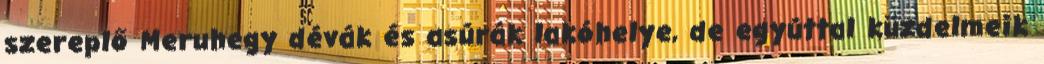
szereplő Meruhegy dévák és asúrák lakóhelye, de egyúttal küzdelmeik